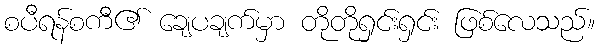
စပီရန်စကီ၏ ချေပချက်မှာ တိုတိုရှင်းရှင်း ဖြစ်လေသည်။